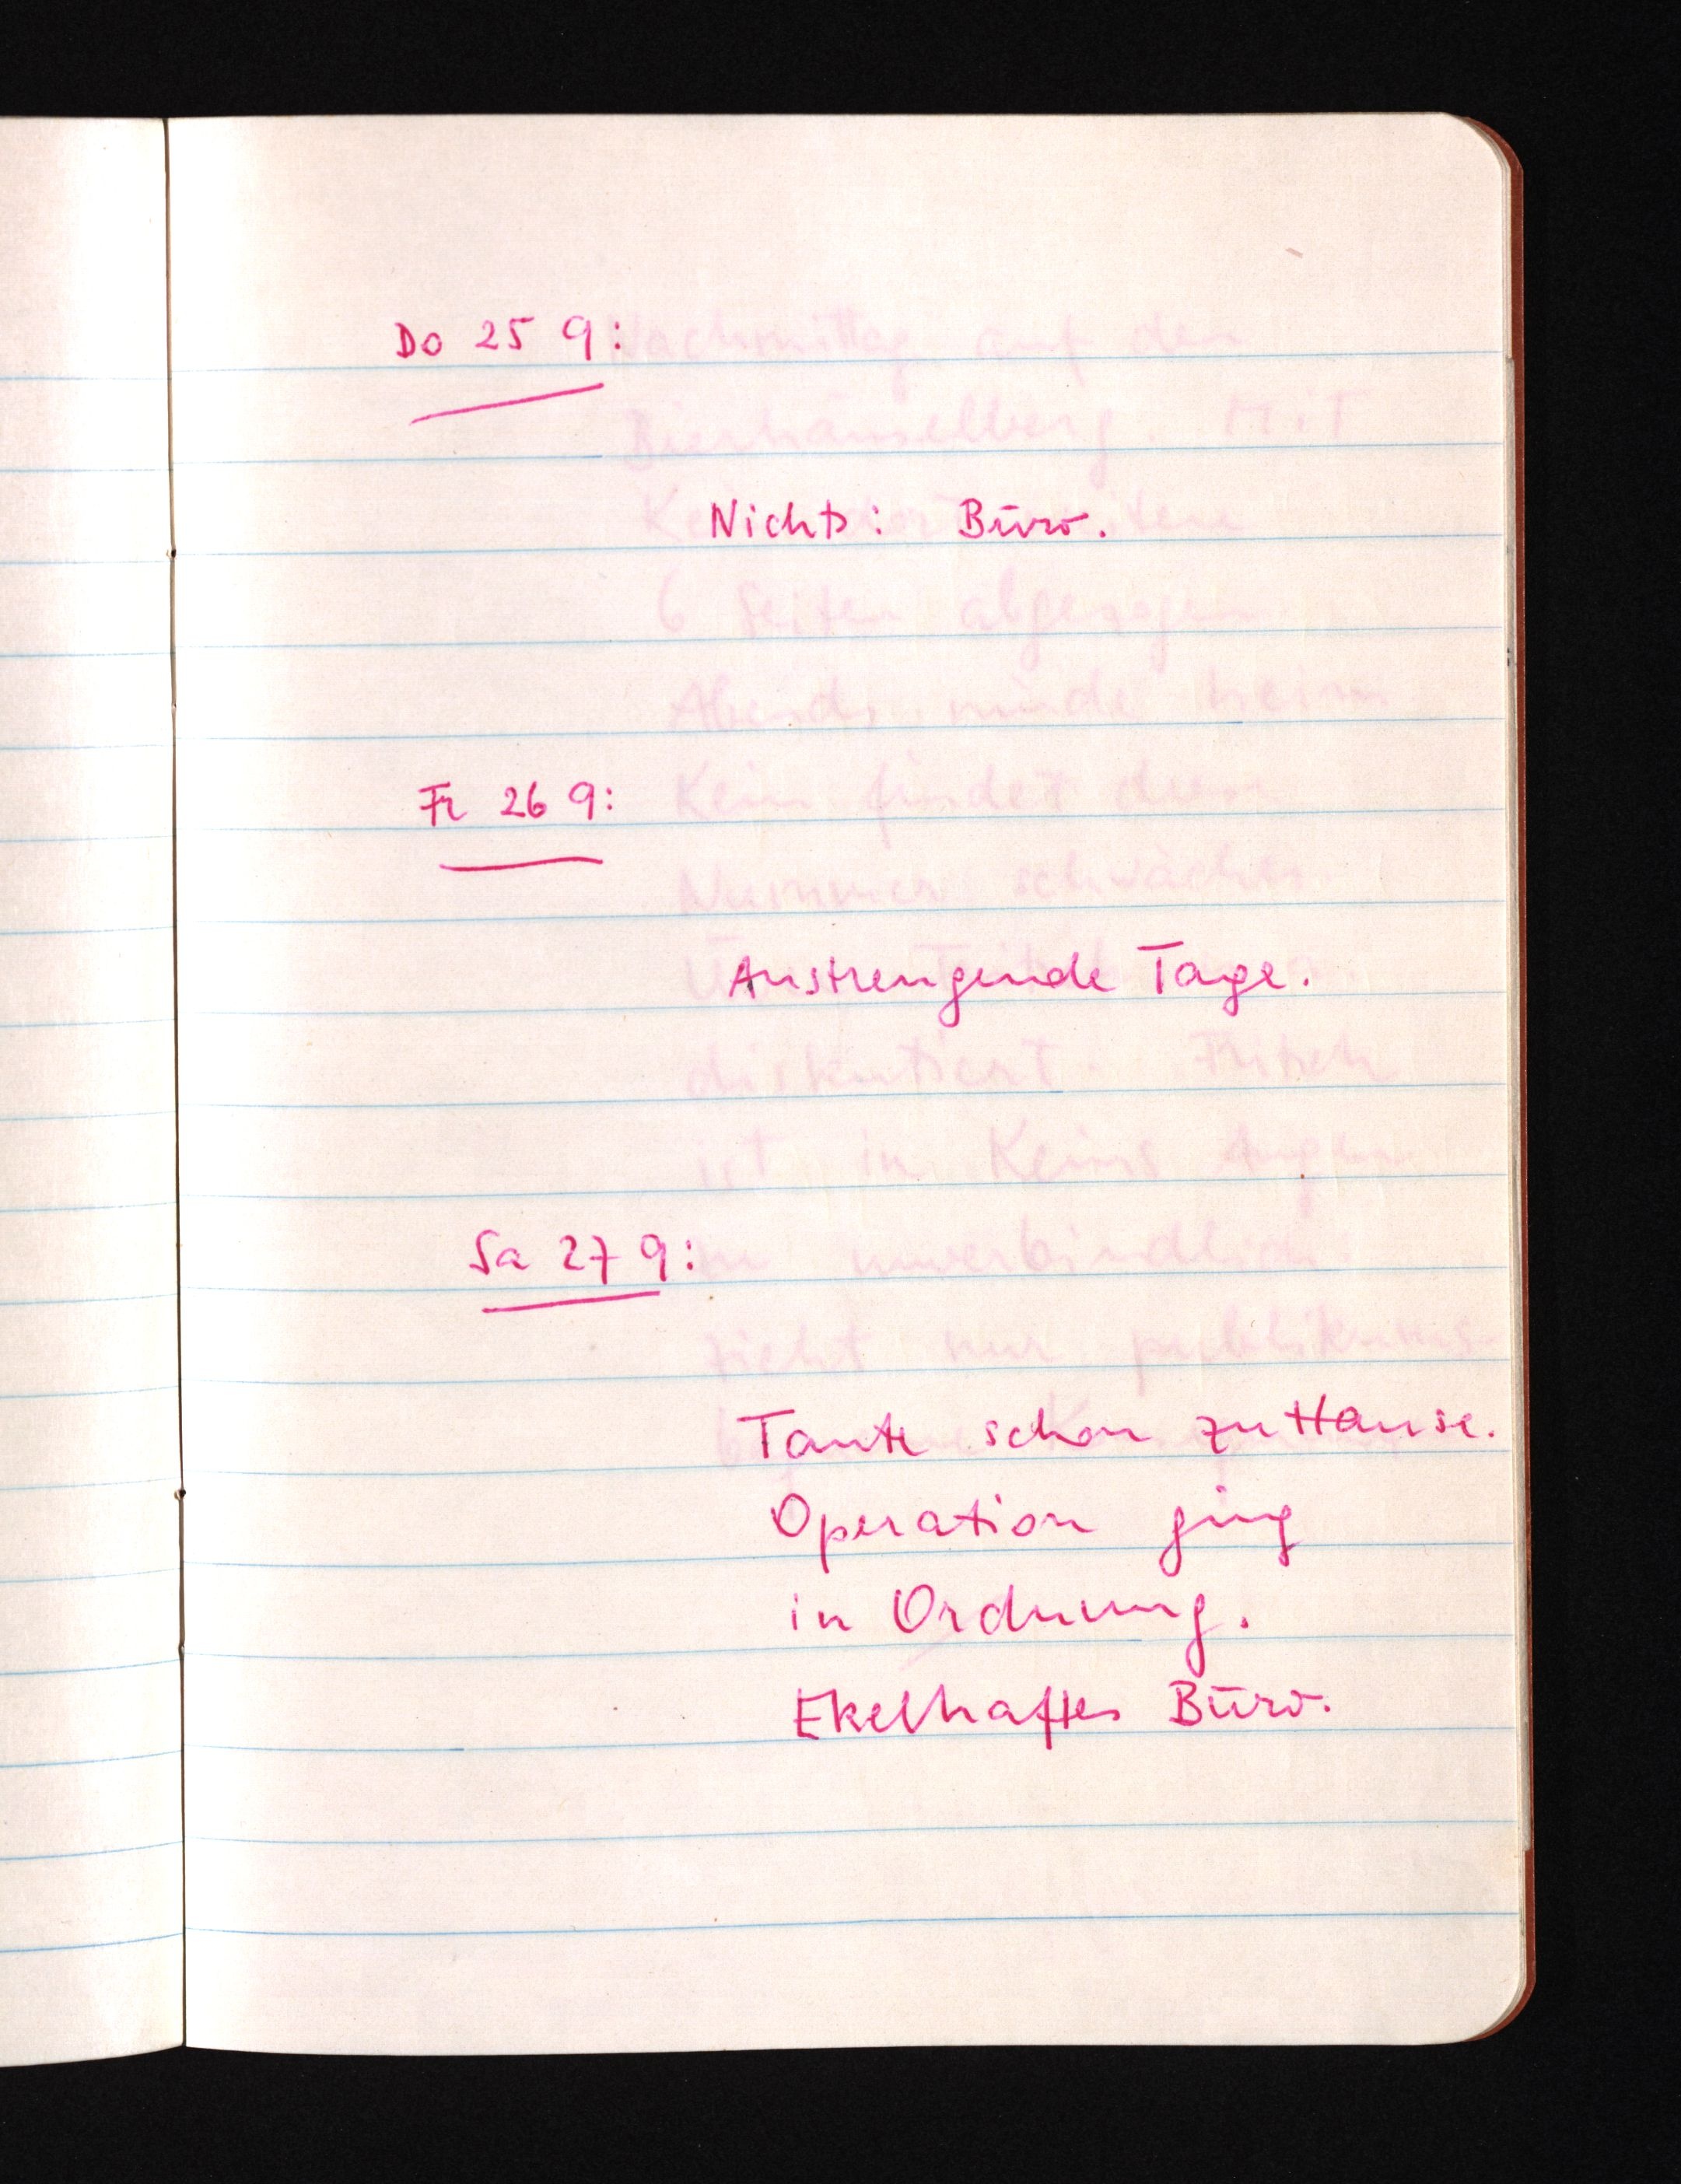
Do 25 9:
Nichts: Büro.
Fr 26 9:
Anstrengende Tage.
Sa 27 9:
Tante schon zu Hause.
Operation ging
in Ordnung.
Ekelhaftes Büro.